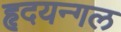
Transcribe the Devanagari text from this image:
हृदयन्गल